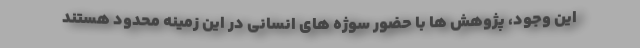
این وجود، پژوهش ها با حضور سوژه های انسانی در این زمینه محدود هستند